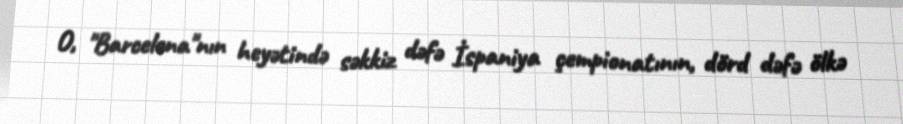
O, "Barcelona"nın heyətində səkkiz dəfə İspaniya çempionatının, dörd dəfə ölkə